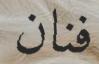
فنان